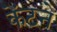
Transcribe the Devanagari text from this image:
केंटने